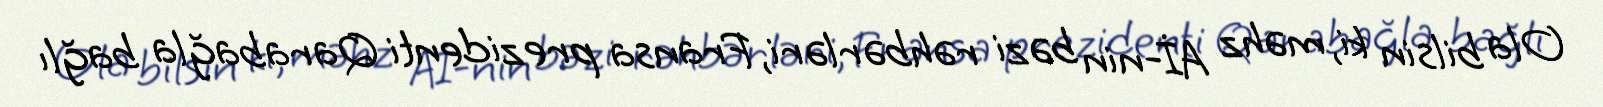
Ola bilsin ki, məhz Aİ-nin bəzi rəhbərləri, Fransa prezidenti Qarabağla bağlı